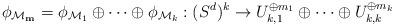
LaTeX: \begin{align*} \phi_{\mathcal{M}_\mathbf{m}}=\phi_{\mathcal{M}_1}\oplus \cdots \oplus \phi_{\mathcal{M}_k}: (S^d)^k \rightarrow U_{k,1}^{\oplus m_1}\oplus \cdots \oplus U_{k,k}^{\oplus m_k} \end{align*}